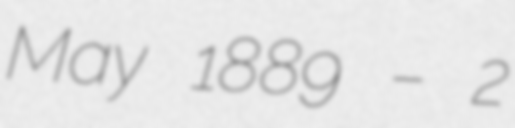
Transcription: May 1889 – 2